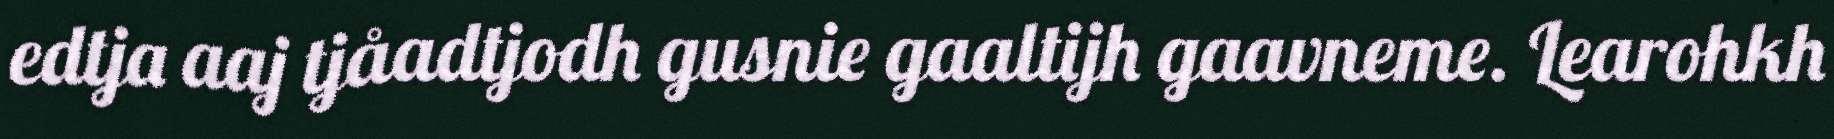
edtja aaj tjåadtjodh gusnie gaaltijh gaavneme. Learohkh